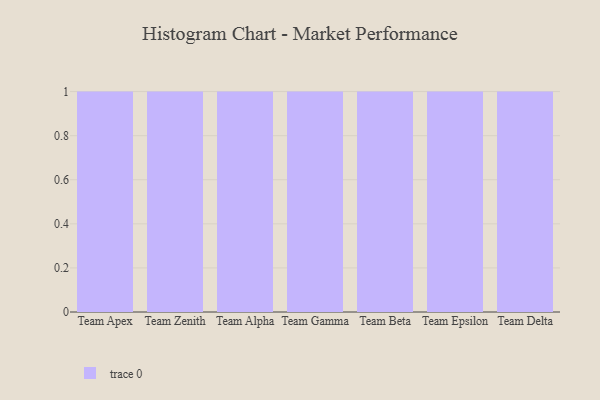
{"axis": {"x": "Team", "y": "Production Output"}, "legend": [""], "data": [{"x": "Team Apex", "y": 27, "type": ""}, {"x": "Team Zenith", "y": 41, "type": ""}, {"x": "Team Alpha", "y": 4, "type": ""}, {"x": "Team Gamma", "y": 57, "type": ""}, {"x": "Team Beta", "y": 70, "type": ""}, {"x": "Team Epsilon", "y": 5, "type": ""}, {"x": "Team Delta", "y": 6, "type": ""}]}